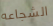
الشجاعه